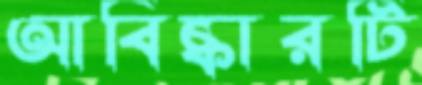
আবিষ্কারটি